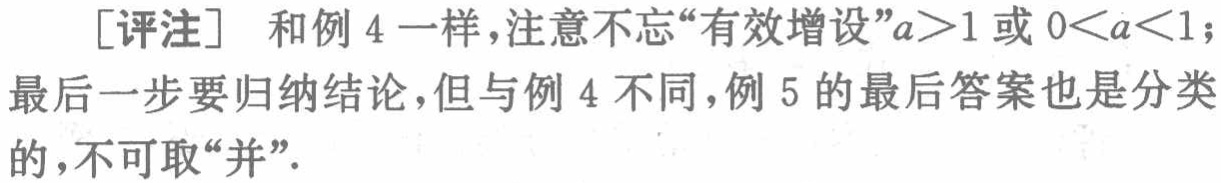
[评注] 和例 4 一样，注意不忘“有效增设”$a>1$或$0<a<1$；最后一步要归纳结论，但与例 4 不同，例 5 的最后答案也是分类的，不可取“并”。